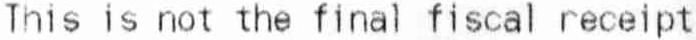
THIS IS NOT THE FINAL FISCAL RECEIPT